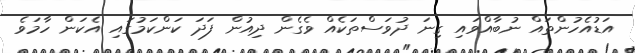
އަޑުއެހުންތައް ނުބާއްވައި ގިނަ ދުވަސްތަކެއް ވެގެން ދިއުން ފަދަ ކަންކަމުގައި އެކަން ހާމަވެ